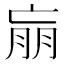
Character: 𰁝